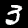
Digit: 3